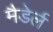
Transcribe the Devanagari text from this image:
मैडेर्ल